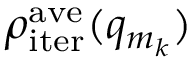
\rho _ { \mathrm { i t e r } } ^ { \mathrm { a v e } } ( q _ { m _ { k } } )